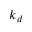
k _ { d }